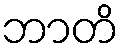
ဘာတိ